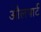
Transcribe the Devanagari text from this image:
औलपार्ट